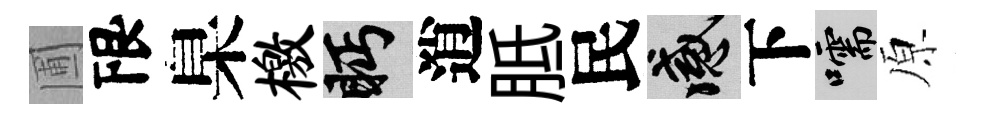
圃限臬檄眄逍胝民感下嚅原